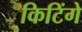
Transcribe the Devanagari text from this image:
किटिंगे